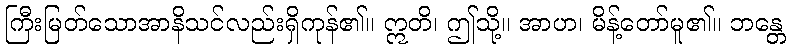
ကြီးမြတ်သောအာနိသင်လည်းရှိကုန်၏။ ဣတိ၊ ဤသို့။ အာဟ၊ မိန့်တော်မူ၏။ ဘန္တေ